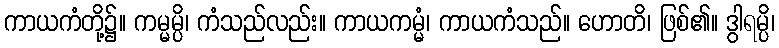
ကာယကံတို့၌။ ကမ္မမ္ပိ၊ ကံသည်လည်း။ ကာယကမ္မံ၊ ကာယကံသည်။ ဟောတိ၊ ဖြစ်၏။ ဒွါရမ္ပိ၊